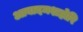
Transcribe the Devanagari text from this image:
आबादमशहोरि